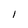
Character: I